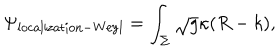
LaTeX: \Psi _ { \mathrm { l o c a l i z a t i o n - W e y l } } = \int _ { \Sigma } \sqrt { g } \kappa ( R - k ) ,